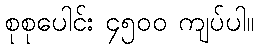
စုစုပေါင်း ၄၅၀၀ ကျပ်ပါ။